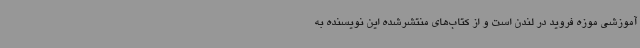
آموزشی موزه فروید در لندن است و از کتاب‌های منتشرشده این نویسنده به